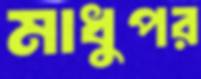
মাধুপর